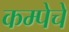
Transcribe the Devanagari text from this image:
कम्पेचे